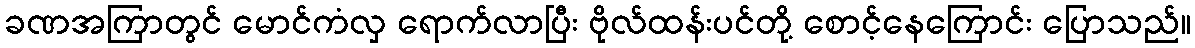
ခဏအကြာတွင် မောင်ကံလှ ရောက်လာပြီး ဗိုလ်ထန်းပင်တို့ စောင့်နေကြောင်း ပြောသည်။